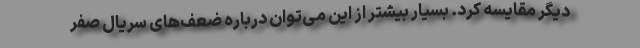
دیگر مقایسه کرد. بسیار بیشتر از این می‌توان درباره ضعف‌های سریال صفر